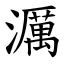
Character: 濿